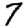
Digit: 7